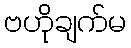
ဗဟိုချက်မ